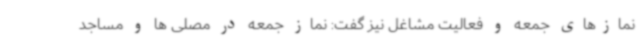
نمازهای جمعه و فعالیت مشاغل نیز گفت: نماز جمعه در مصلی ها و مساجد